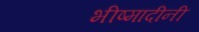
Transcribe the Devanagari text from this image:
भीष्मादीनी